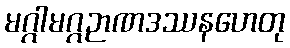
မဂ္ဂါမဂ္ဂဉာဏဒဿနဟေတု